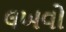
લખવો